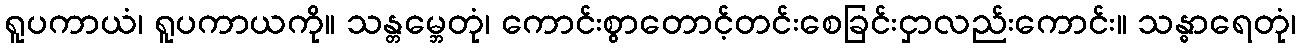
ရူပကာယံ၊ ရူပကာယကို။ သန္တမ္ဘေတုံ၊ ကောင်းစွာတောင့်တင်းစေခြင်းငှာလည်းကောင်း။ သန္ဓာရေတုံ၊